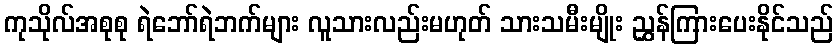
ကုသိုလ်အစုစု ရဲဘော်ရဲဘက်များ လူသားလည်းမဟုတ် သားသမီးမျိုး ညွှန်ကြားပေးနိုင်သည်